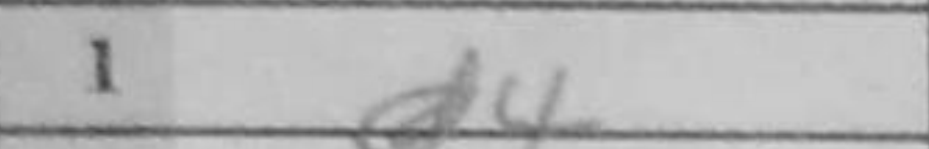
Transcription: d4